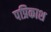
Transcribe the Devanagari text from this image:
पप्रिकाश